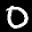
Label: 0